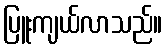
ပြူးကျယ်လာသည်။